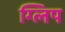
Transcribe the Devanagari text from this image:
ग्लिप